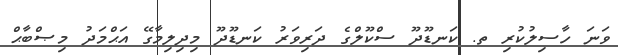
ވަނަ ހާސިލުކުރި ތ. ކަނޑޫދޫ ސްކޫލްގެ ދަރިވަރު ކަނޑޫދޫ މިދިލިމާގޭ އަޙްމަދު މިޞްބާޙް